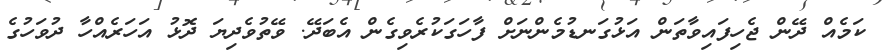
ކަމެއް ދޭން ޖެހިފައިވާތަން އަޅުގަނޑުމެންނަށް ފާހަގަކުރެވިގެން އެބަދޭ. ވޭތުވެދިޔަ ދޮޅު އަހަރެއްހާ ދުވަހުގެ